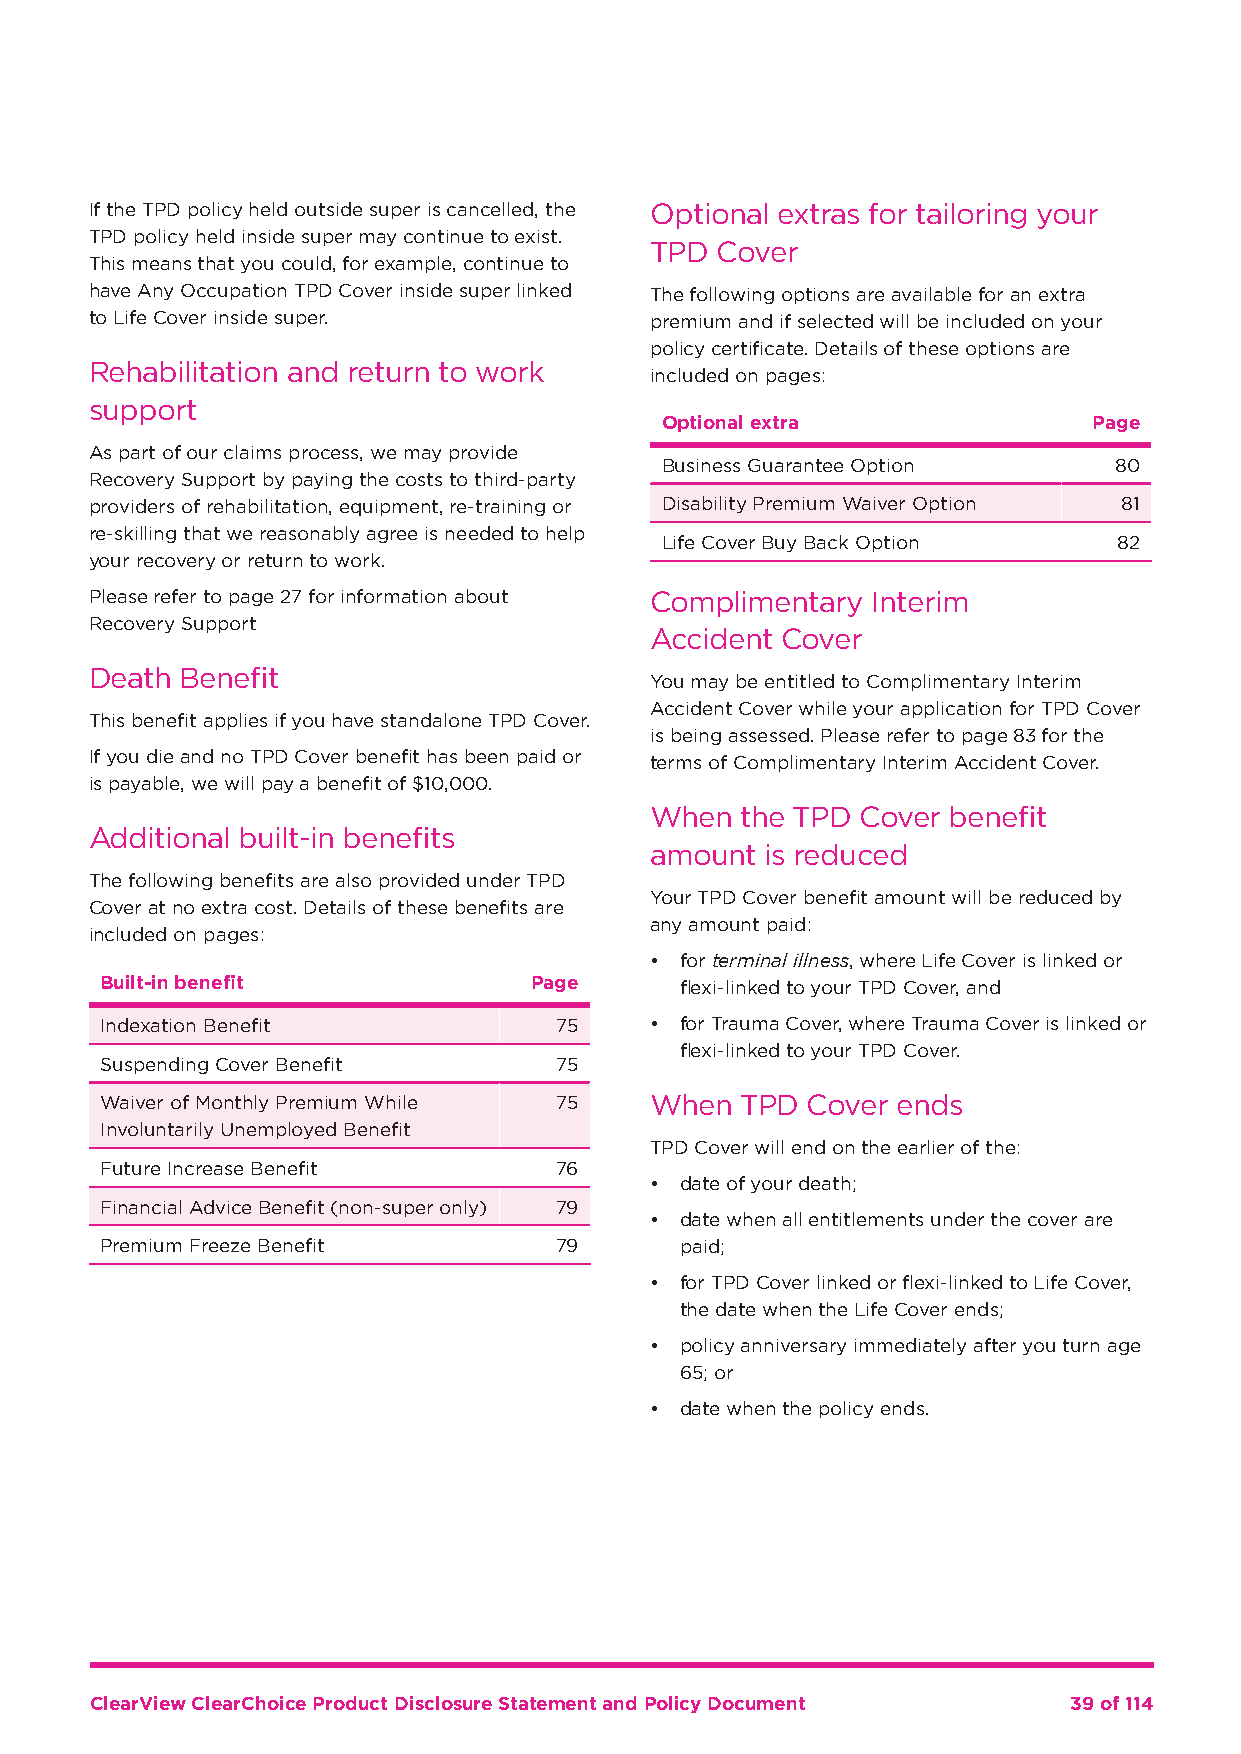
If the TPD policy held outside super is cancelled, the Optional extras for tailoring your
 TPD policy held inside super may continue to exist.
 TPD Cover
 This means that you could, for example, continue to
 have Any Occupation TPD Cover inside super linked The following options are available for an extra
 to Life Cover inside super.          premium and if selected will be included on your
 policy certificate. Details of these options are
 Rehabilitation and return to work
 included on pages:
 support
 Optional extra              Page
 As part of our claims process, we may provide
 Business Guarantee Option     80
 Recovery Support by paying the costs to third-party
 providers of rehabilitation, equipment, re-training or Disability Premium Waiver Option 81
 re-skilling that we reasonably agree is needed to help
 Life Cover Buy Back Option    82
 your recovery or return to work.
 Please refer to page 27 for information about Complimentary Interim
 Recovery Support
 Accident Cover
 Death Benefit
 You may be entitled to Complimentary Interim
 Accident Cover while your application for TPD Cover
 This benefit applies if you have standalone TPD Cover.
 is being assessed. Please refer to page 83 for the
 If you die and no TPD Cover benefit has been paid or terms of Complimentary Interim Accident Cover.
 is payable, we will pay a benefit of $10,000.
 When  the TPD Cover benefit
 Additional built-in benefits
 amount  is reduced
 The following benefits are also provided under TPD
 Your TPD Cover benefit amount will be reduced by
 Cover at no extra cost. Details of these benefits are
 any amount paid:
 included on pages:
 • for terminal illness, where Life Cover is linked or
 Built-in benefit            Page      flexi-linked to your TPD Cover, and
 Indexation Benefit            75    • for Trauma Cover, where Trauma Cover is linked or
 flexi-linked to your TPD Cover.
 Suspending Cover Benefit      75
 Waiver of Monthly Premium While 75  When  TPD Cover ends
 Involuntarily Unemployed Benefit
 TPD Cover will end on the earlier of the:
 Future Increase Benefit       76
 • date of your death;
 Financial Advice Benefit (non-super only) 79
 • date when all entitlements under the cover are
 Premium Freeze Benefit        79      paid;
 • for TPD Cover linked or flexi-linked to Life Cover,
 the date when the Life Cover ends;
 • policy anniversary immediately after you turn age
 65; or
 • date when the policy ends.
 ClearView ClearChoice Product Disclosure Statement and Policy Document 39 of 114